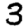
Digit: 3